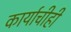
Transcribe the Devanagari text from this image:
कार्याचीही